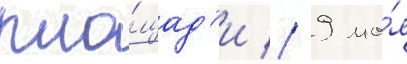
пло́щад'и // 9 ма́я